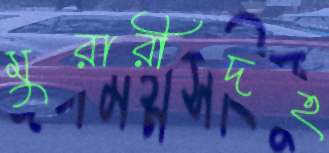
মুরারীদহ